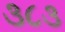
૩૮૩